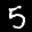
Label: 5